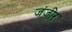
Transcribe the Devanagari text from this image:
जंज़ीर